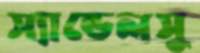
স্যান্ডেলসু